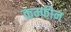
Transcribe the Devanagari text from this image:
कम्फीन